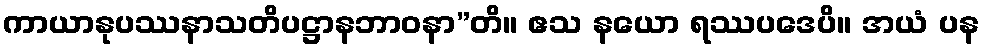
ကာယာနုပဿနာသတိပဋ္ဌာနဘာဝနာ”တိ။ ဧသ နယော ရဿပဒေပိ။ အယံ ပန